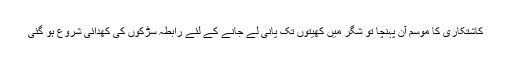
کاشتکاری کا موسم آن پہنچا تو شگر میں کھیتوں تک پانی لے جانے کے لئے رابطہ سڑکوں کی کھدائی شروع ہو گئی